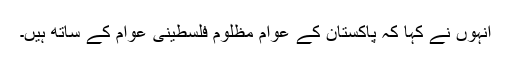
انہوں نے کہا کہ پاکستان کے عوام مظلوم فلسطینی عوام کے ساتھ ہیں۔